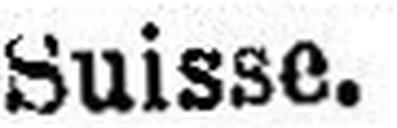
Suisse.